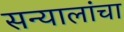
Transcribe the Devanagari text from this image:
सन्यालांचा